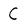
Character: c